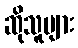
ဆိုသူများ